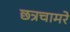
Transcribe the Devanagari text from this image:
छत्रचामरे